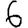
Digit: 6